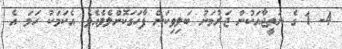
4- 1 ގެ ނަތީޖާއަކުން ޖަރުމަނު ބަލިވިކަން ފާހަގަކޮށްލެވެއެވެ. އެކަަމަކު ހަމަ އެ